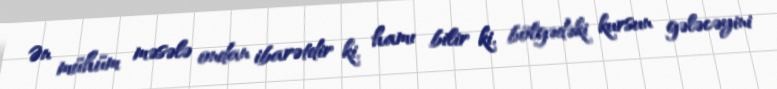
Ən mühüm məsələ ondan ibarətdir ki, hamı bilir ki, bölgədəki kursun gələcəyini